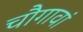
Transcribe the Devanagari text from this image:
चौगावां